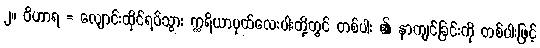
၂။ ဝိဟာရ = လျောင်းထိုင်ရပ်သွား ဣရိယာပုထ်လေးပါးတို့တွင် တစ်ပါး ၏ နာကျင်ခြင်းကို တစ်ပါးဖြင့်